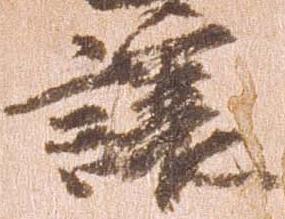
譲